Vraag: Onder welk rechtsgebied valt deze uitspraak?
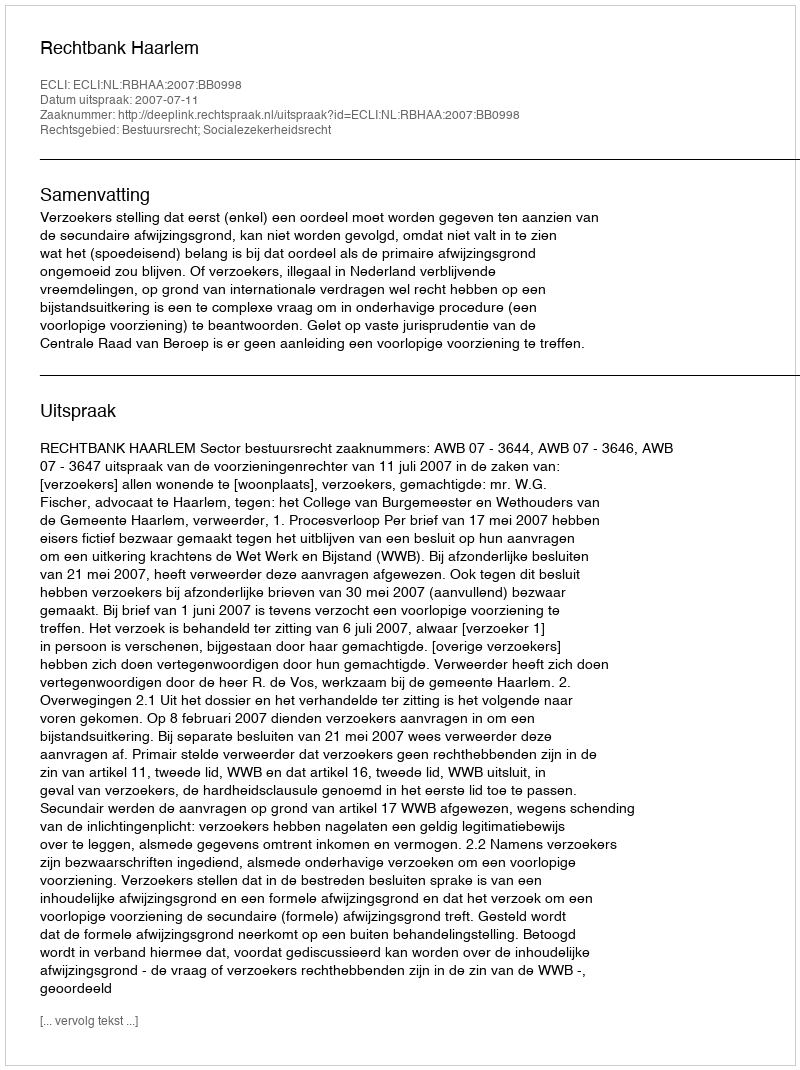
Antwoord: Bestuursrecht; Socialezekerheidsrecht